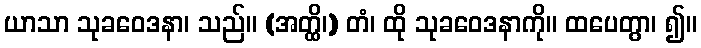
ယာသာ သုခဝေဒနာ၊ သည်။ (အတ္ထိ၊) တံ၊ ထို သုခဝေဒနာကို။ ထပေတွာ၊ ၍။